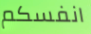
انفسكم